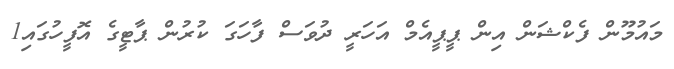
މައުމޫން ފެކްޝަން އިން ޕީޕީއެމް އަހަރީ ދުވަސް ފާހަގަ ކުރުން ޕާޓީގެ އޮފީހުގައި1